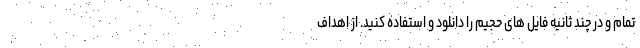
تمام و در چند ثانیه فایل های حجیم را دانلود و استفاده کنید. از اهداف